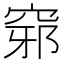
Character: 𥦢